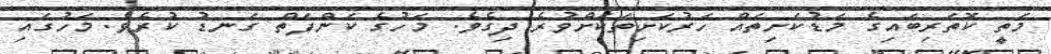
މަތީ ކޮތަރިބައިގެ މަޑުކަށިތައް ހަރުކަށިތަކަށްވުރެ ދިގެވެ. މަހުގެ ކަންފަތް ގަނޑު ކުރެވެ. މަހުގައި